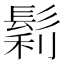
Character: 鬁